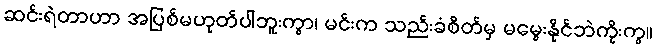
ဆင်းရဲတာဟာ အပြစ်မဟုတ်ပါဘူးကွာ၊ မင်းက သည်းခံစိတ်မှ မမွေးနိုင်ဘဲကိုးကွ။